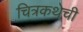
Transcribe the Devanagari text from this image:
चित्रकथेची